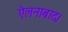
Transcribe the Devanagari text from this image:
ऐलनाबाद।